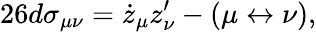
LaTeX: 26d\sigma_{\mu\nu}=\dot{z}_{\mu}z_{\nu}^{\prime}-(\mu\leftrightarrow\nu),